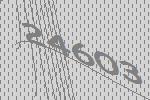
24603